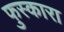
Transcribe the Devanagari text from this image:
फुस्कारा